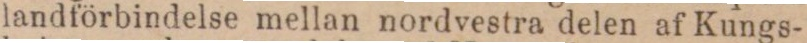
landförbindelse mellan nordvestra delen af Kungs-